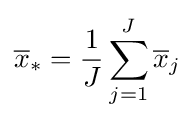
{\overline {x}}_{*}={\frac {1}{J}}\sum _{j=1}^{J}{\overline {x}}_{j}